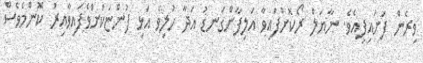
ވިރެން ފަށައިފިއެވެ. ނާޔަލް ރޯކޮށްފައިވާ އަލިފާންގަނޑު އަދާ ހުލިވެ އަޅި ފުންޏަކަށްވެފައިވާއިރު ކޮންމެވެސް